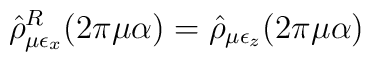
\hat{\rho}^R_{\mu\epsilon_x}(2\pi\mu\alpha)=\hat{\rho}_{\mu\epsilon_z}	(2\pi\mu\alpha)~~~